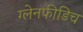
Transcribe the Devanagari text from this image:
ग्लेनफीडिच